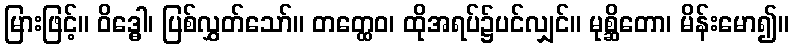
မြားဖြင့်။ ဝိဒ္ဓေါ၊ ပြစ်လွှတ်သော်။ တတ္ထေဝ၊ ထိုအရပ်၌ပင်လျှင်။ မုစ္ဆိတော၊ မိန်းမော၍။